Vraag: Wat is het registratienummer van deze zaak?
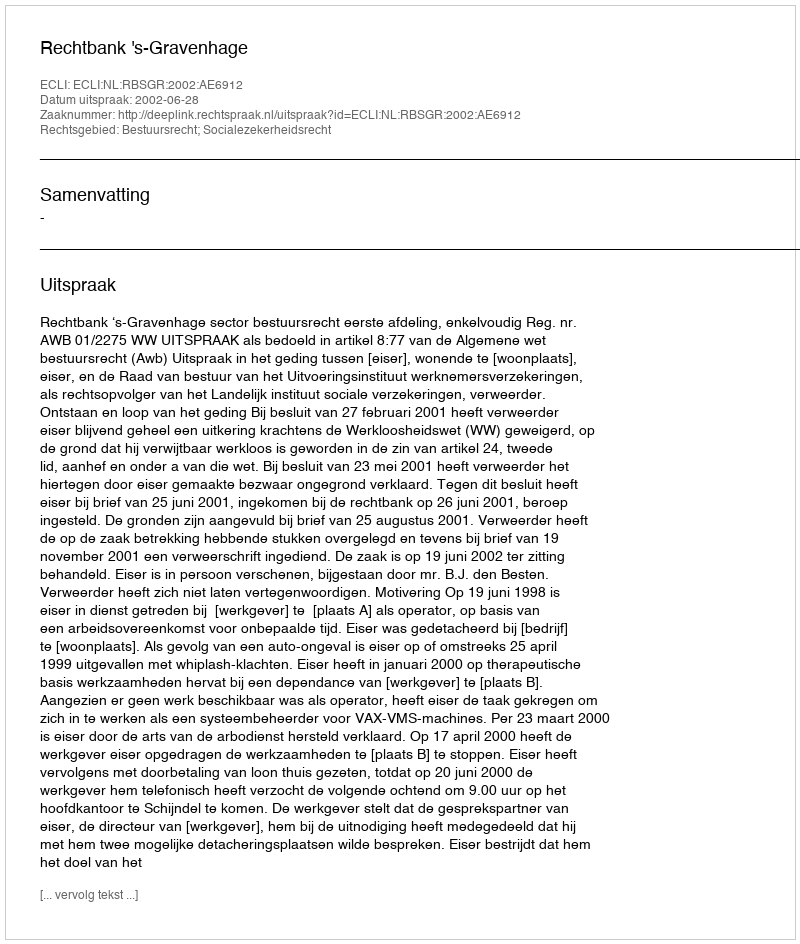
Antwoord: http://deeplink.rechtspraak.nl/uitspraak?id=ECLI:NL:RBSGR:2002:AE6912